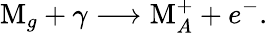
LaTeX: \mathrm{M}_{g}+\gamma\longrightarrow\mathrm{M}_{A}^{+}+e^{-}.